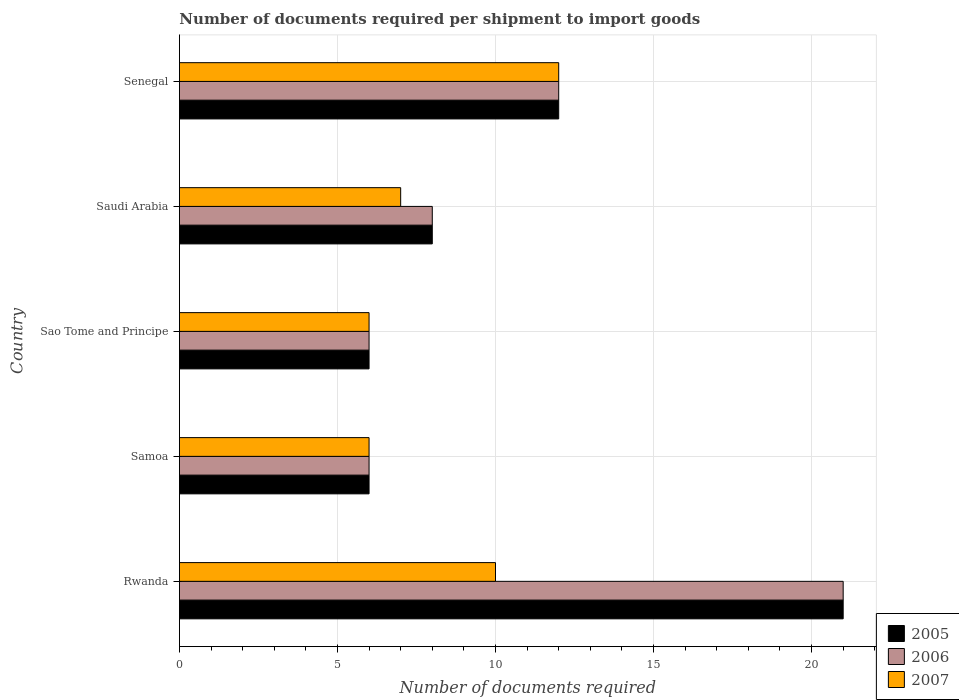
| Country | 2005 | 2006 | 2007 |
 | --- | --- | --- | --- |
 | Rwanda | 21 | 21 | 10 |
 | Samoa | 6 | 6 | 6 |
 | Sao Tome and Principe | 6 | 6 | 6 |
 | Saudi Arabia | 8 | 8 | 7 |
 | Senegal | 12 | 12 | 12 |